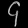
Digit: ၄